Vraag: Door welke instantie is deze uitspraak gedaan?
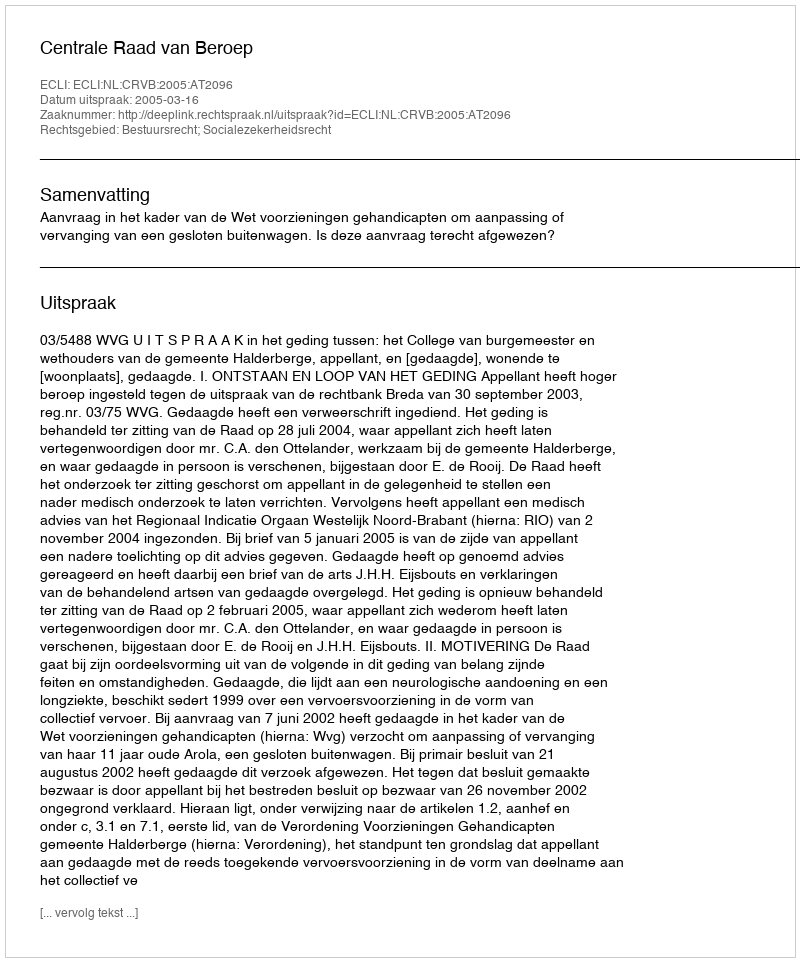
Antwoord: Centrale Raad van Beroep